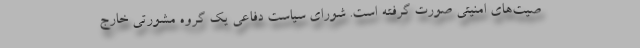
صیت‌های امنیتی صورت گرفته است. شورای سیاست دفاعی یک گروه مشورتی خارج